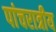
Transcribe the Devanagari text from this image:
पांचरात्रीय